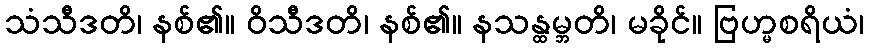
သံသီဒတိ၊ နစ်၏။ ဝိသီဒတိ၊ နစ်၏။ နသန္ထမ္ဘတိ၊ မခိုင်။ ဗြဟ္မစရိယံ၊